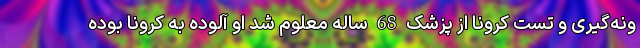
ونه‌گیری و تست کرونا از پزشک 68 ساله معلوم شد او آلوده به کرونا بوده